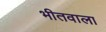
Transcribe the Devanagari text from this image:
भीतवाला